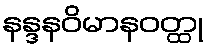
နန္ဒနဝိမာနဝတ္ထု